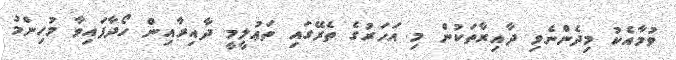
ވުމާއެކު މިދެންނެވި ދާއިރާތަކުން މި އަހަރުގެ ތެރޭގައި ތަޢުލީމީ ދާއިރާއިން ހޯދާފައިވާ މުހިންމު